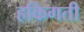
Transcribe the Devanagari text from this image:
हकिगती